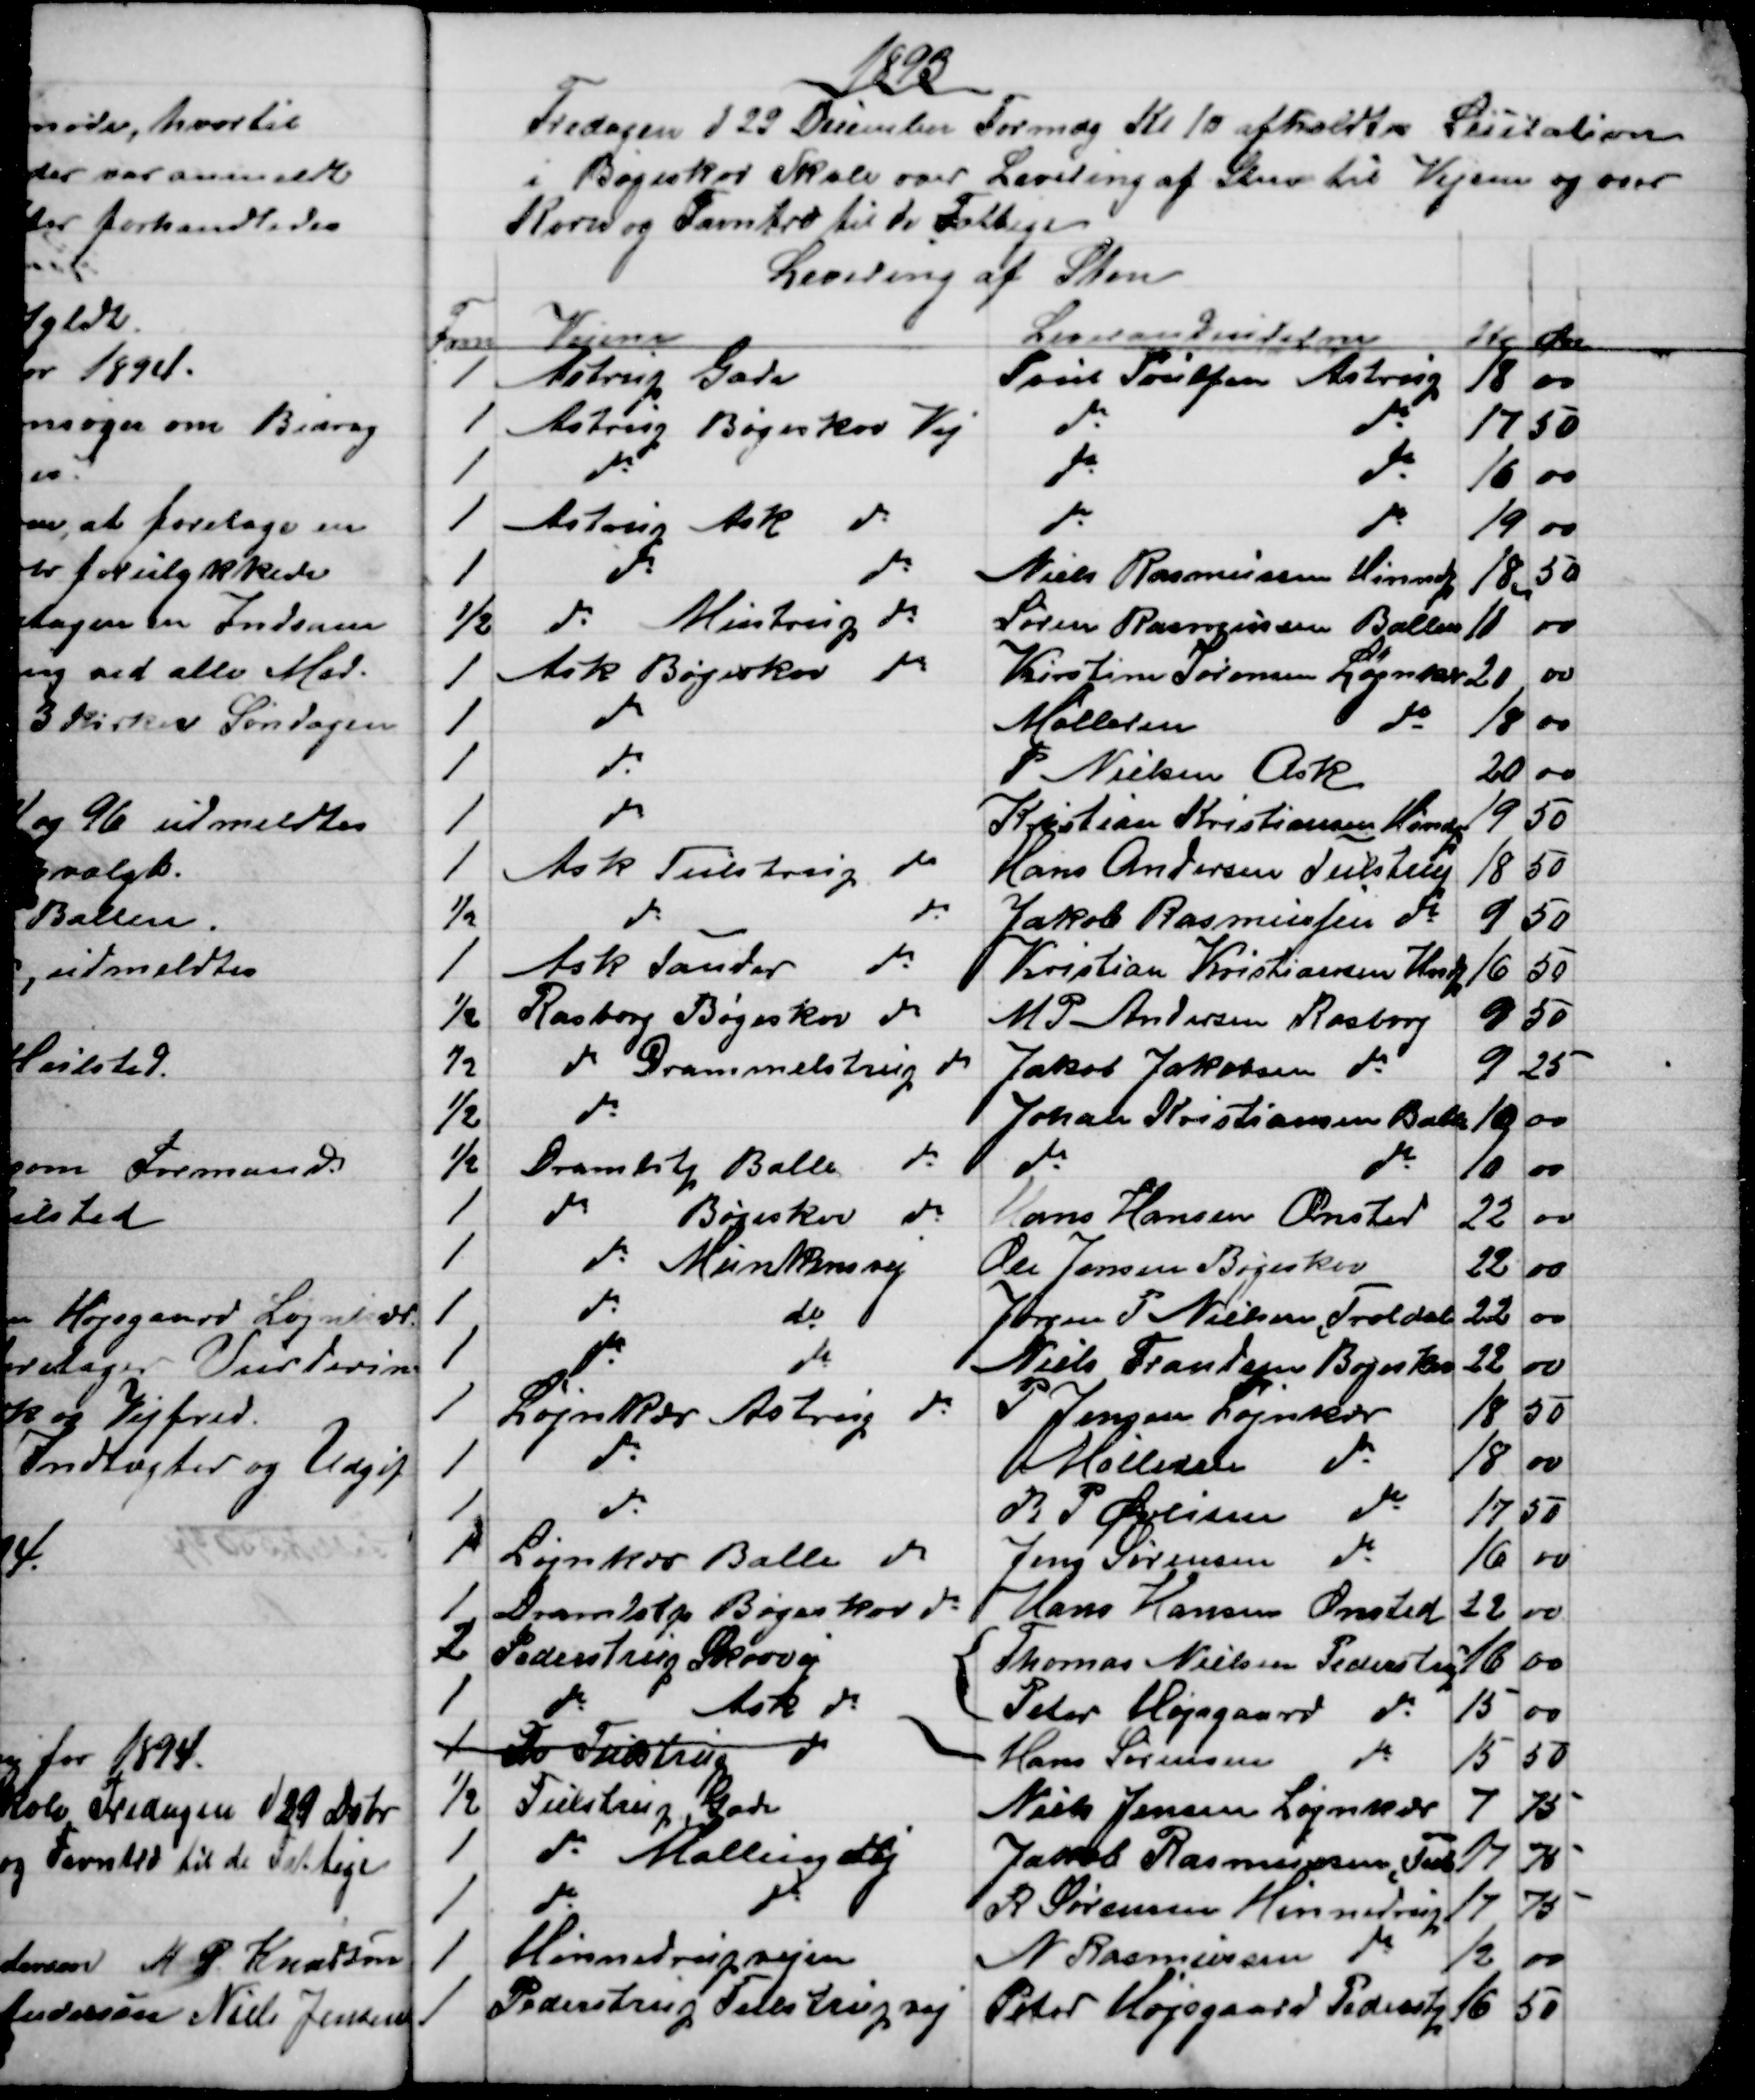
Transskription:
1893
Fredagen d 22 December Formdg Kl 10 afholdtes Licitation
i Bøgeskov Skole over Levering af Sten til Vejene og over
Korn og Favntræ til de Fattige
Levering af Sten
Favn
Vejene
Leverandeurerne
Kr 
Øre
1
Astrup Gade
Poul Poulsen Astrup
18
00
1
Astrup Bøgeskov Vej
do 
do
17
50
1
do
do 
do
16
00
1
Astrup Ask do
do
do
19
00
1
do
do
Niels Rasmussen Hinnedp
18.
50
½
do Mustrup do
Søren Rasmussen Ballen
18
00
1 
Ask Bøgeskov do
Kirstine Sørensen Løjnkær
20
00
1
do
Mølleren 
do
18
00
1
do
P. Nielsen Ask
20
00
1
do
Kristian Kristiansen Hindp
19
50
1
Ask Tulstrup do
Hans Andersen Tulstrup
18
50
½
do
do
Jakob Rasmussen do
9
50
1
Ask Tander do
Kristian Kristiansen Hindp
16
50
½
Rasborg Bøgeskov do
M P Andersen Rasborg
9
50
½
do Drammelstrup do
Jakob Jakobsen do
9
25
½
do
Johan Kristiansen Balle
10
00
½
Dramlstrp Balle do
do
do
10
00
1
do 
Bøgeskov do
Hans Hansen Onsted
22
00
1
do Munkensvej
Ole Jensen Bøgeskov
22
00
1
do
do
Jørgen P. Nielsen, Troldal
22
00
1
do
do
Niels Frandsen Bøgeskov
22
00
1
Løjnkær Astrup do
P Jensen Løjnkær
18
50
1
do
Mølleren do
18
00
1
do
R. P. Øvlisen do
17
50
1
Løjnkær Balle do
Jens Sørensen do
16
00
1
Dramlstrp Bøgeskov do
Hans Hansen Onsted
22
00
12
Pederstrup Skovvej
Thomas Nielsen Pederstrup
16
00
1
do 
Ask do
Peter Højsgaard do
15
00
1
Fo Tulstrup do
Hans Sørensen do
15
50
½
Tulstrup, Gade
Niels Jensen Løjnkær
7
75
1
do Malling Vej
Jacob Rasmussen, Tuls
17
75
1
do
do
R Sørensen Hinnedrup
17
75
1
Hinnedrupvejen
N Rasmussen do
12
00
1
Pederstrup Tulstrupvej
Peter Højsgaard Pederstrp
16
50